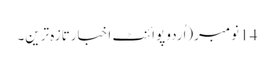
14 نومبر(اُردو پوائنٹ اخبارتازہ ترین۔